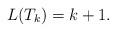
LaTeX: \begin{align*}L(T_k)=k+1.\end{align*}